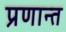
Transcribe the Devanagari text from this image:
प्रणान्त